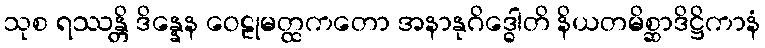
သုစ ရဿန္တိ ဒိန္နေန ဝေဠုမတ္ထကတော အနာနုဂိဒ္ဓေါတိ နိယတမိစ္ဆာဒိဋ္ဌိကာနံ